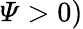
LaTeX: \varPsi>0)